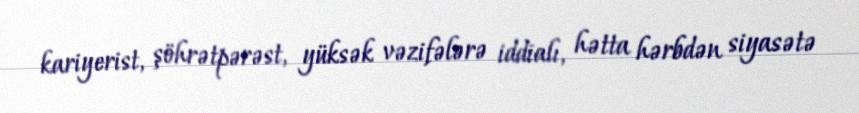
kariyerist, şöhrətpərəst, yüksək vəzifələrə iddialı, hətta hərbdən siyasətə